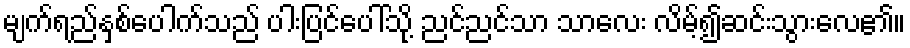
မျက်ရည်နှစ်ပေါက်သည် ပါးပြင်ပေါ်သို့ ညင်ညင်သာ သာလေး လိမ့်၍ဆင်းသွားလေ၏။